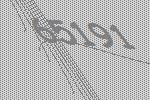
65191